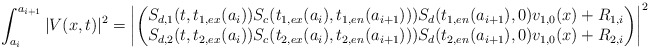
\begin{align*} \int_{a_i}^{a_{i+1}}|V(x,t)|^2=\left|\begin{pmatrix} S_{d,1}(t,t_{1,ex}(a_i))S_c(t_{1,ex}(a_i),t_{1,en}(a_{i+1})))S_d(t_{1,en}(a_{i+1}),0)v_{1,0}(x)+R_{1,i}\\S_{d,2}(t,t_{2,ex}(a_i))S_c(t_{2,ex}(a_i),t_{2,en}(a_{i+1})))S_d(t_{2,en}(a_{i+1}),0)v_{1,0}(x)+R_{2,i}\end{pmatrix}\right|^2\end{align*}